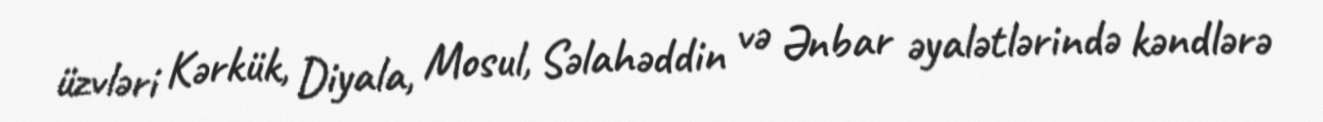
üzvləri Kərkük, Diyala, Mosul, Səlahəddin və Ənbar əyalətlərində kəndlərə